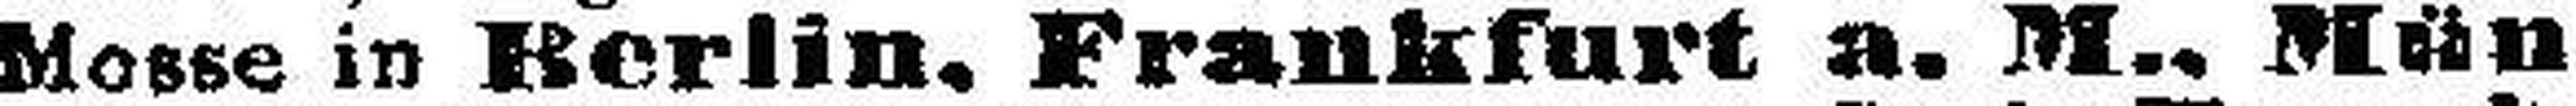
Mosse in Berlin, Frankfurt a. M., Mün¬